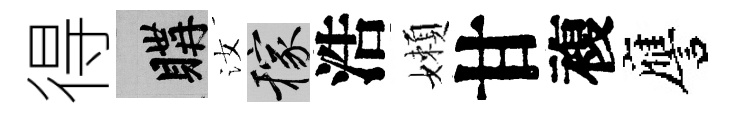
得購汝稼浩嬾甘複譍